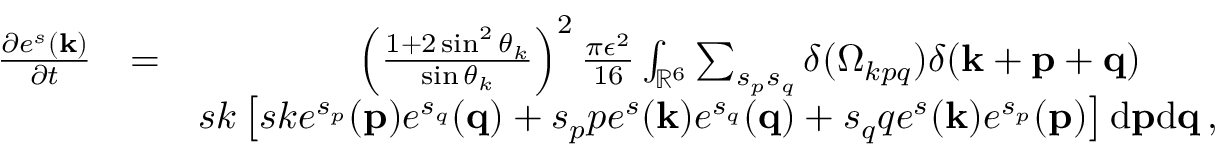
\begin{array} { r l r } { \frac { \partial e ^ { s } ( { \bf k } ) } { \partial t } } & { = } & { \left( \frac { 1 + 2 \sin ^ { 2 } \theta _ { k } } { \sin \theta _ { k } } \right) ^ { 2 } \frac { \pi \epsilon ^ { 2 } } { 1 6 } \int _ { { \mathbb { R } } ^ { 6 } } \sum _ { s _ { p } s _ { q } } \delta ( \Omega _ { k p q } ) \delta ( { \bf k } + { \bf p } + { \bf q } ) \quad \quad } \\ & { } & { s k \left[ s k e ^ { s _ { p } } ( { \bf p } ) e ^ { s _ { q } } ( { \bf q } ) + s _ { p } p e ^ { s } ( { \bf k } ) e ^ { s _ { q } } ( { \bf q } ) + s _ { q } q e ^ { s } ( { \bf k } ) e ^ { s _ { p } } ( { \bf p } ) \right] \mathrm { d } { \bf p } \mathrm { d } { \bf q } \, , } \end{array}